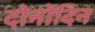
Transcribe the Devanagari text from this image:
दोनोंदिन